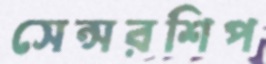
সেন্সরশিপ